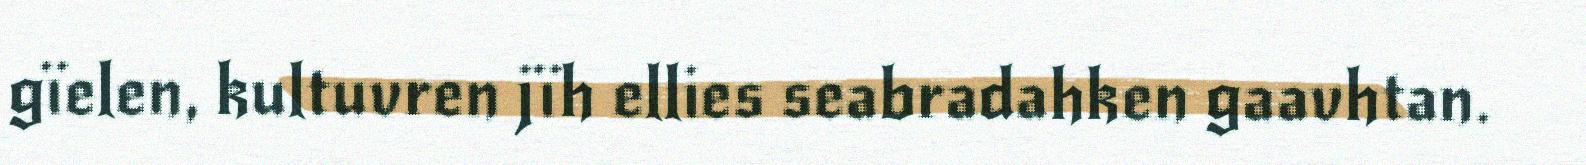
gïelen, kultuvren jïh ellies seabradahken gaavhtan.